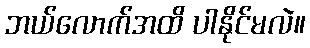
ဘယ်လောက်အထိ ပါနိုင်မလဲ။